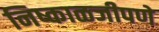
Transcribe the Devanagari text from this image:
निष्काळजीपणे